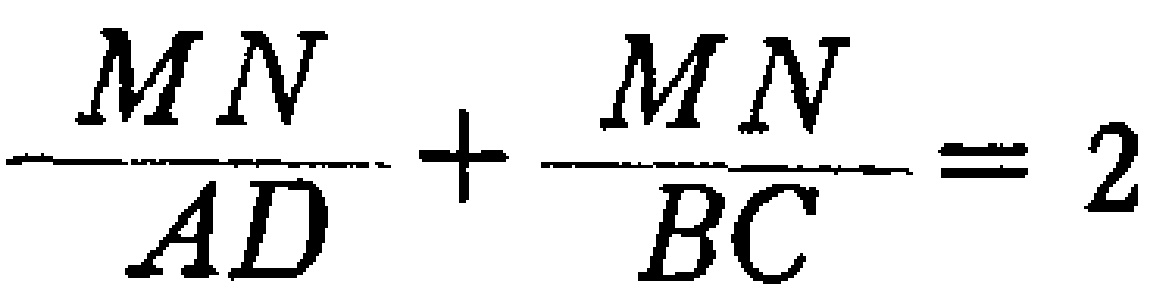
\frac{MN}{AD}+\frac{MN}{BC}=2